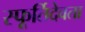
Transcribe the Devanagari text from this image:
स्फूर्तिदेवता